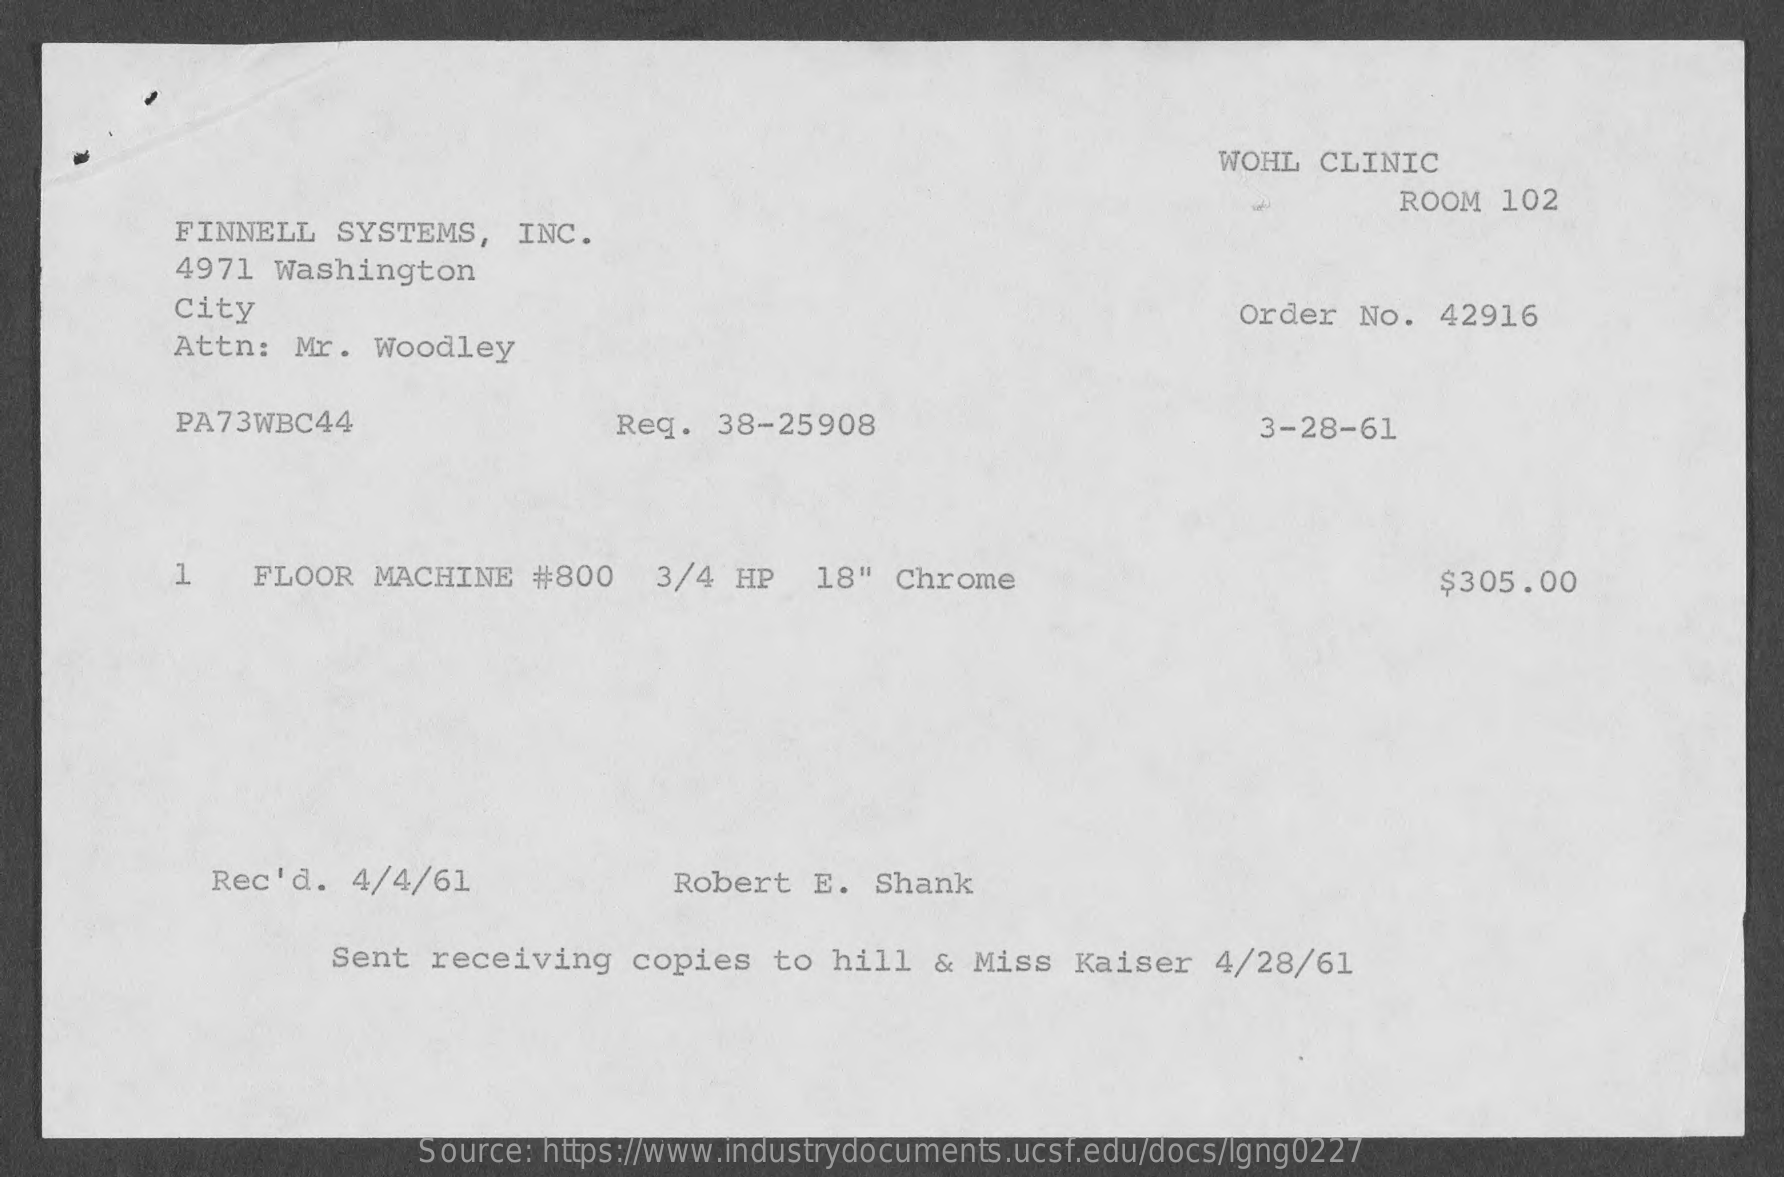
WOHL   CLINIC
     ROOM  102
     FINNELL   SYSTEMS,   INC.
     4971  Washington
     City    Order  No.  42916
     Attn:  Mr.  Woodley
     PA73WBC44    Req.  38-25908    3-28-61
     1    FLOOR  MACHINE   #800    3/4  HP   18"  Chrome    $305.00
     Rec'd.  4/4/61    Robert   E.  Shank
     Sent  receiving   copies    to hill  &  Miss  Kaiser   4/28/61
     Source: https://www.industrydocuments.ucsf.edu/docs/lgng0227